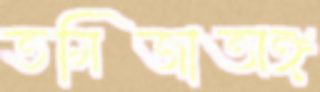
তমিজাঅঙ্গ